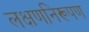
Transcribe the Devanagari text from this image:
लक्षणनिरूपण